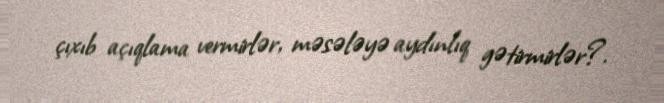
çıxıb açıqlama vermirlər, məsələyə aydınlıq gətirmirlər?.